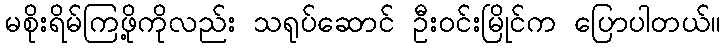
မစိုးရိမ်ကြဖို့ကိုလည်း သရုပ်ဆောင် ဦးဝင်းမြိုင်က ပြောပါတယ်။